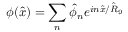
\phi ( \hat { x } ) = \sum _ { n } \hat { \phi } _ { n } e ^ { i n \hat { x } / \hat { R } _ { 9 } }